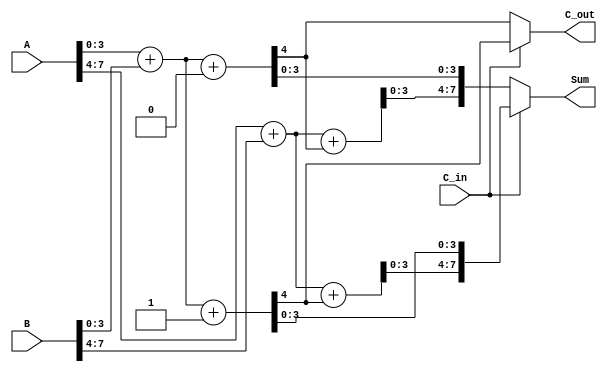
module CSLA_8bit (
    input [7:0] A,        // First operand
    input [7:0] B,        // Second operand
    input C_in,           // Carry in
    output [7:0] Sum,     // Sum output
    output C_out          // Carry out
);

// Intermediate wires for sums and carries
wire [7:0] S0, S1;       // Sums for C_in = 0 and C_in = 1
wire C0, C1;             // Carry outputs for C_in = 0 and C_in = 1

// Full Adder for the least significant 4 bits
// Group 1
assign {C0, S0[3:0]} = A[3:0] + B[3:0] + 0;  // Sum when C_in = 0
assign {C1, S1[3:0]} = A[3:0] + B[3:0] + 1;  // Sum when C_in = 1

// Full Adder for the most significant 4 bits
// Group 2
assign {C0, S0[7:4]} = A[7:4] + B[7:4] + C0;  // Sum when C_in = 0
assign {C1, S1[7:4]} = A[7:4] + B[7:4] + C1;  // Sum when C_in = 1

// Select the correct sum based on C_in
assign Sum = C_in ? S1 : S0;

// Final Carry Out
assign C_out = C_in ? C1 : C0;

endmodule